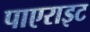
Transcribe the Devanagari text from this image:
पाएराइट